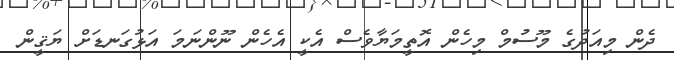
ދެން މިއަދުގެ މޫސުމް މިހެން އޮތީމަޔާވެސް އެކީ އެހެން ނޫންނަމަ އަޅުގަނޑަށް ޔަޤީން